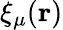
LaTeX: \xi_{\mu}(\mathbf{r})